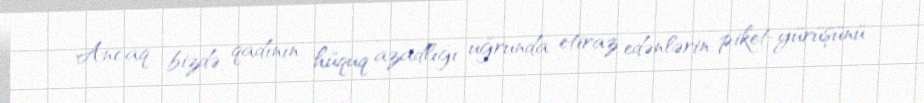
Ancaq bizdə qadının hüquq azadlığı uğrunda etiraz edənlərin piket-yürüşünü